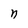
Character: n